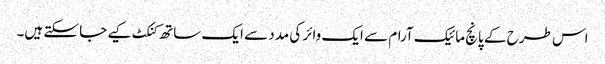
اس طرح کے پانچ مائیک آرام سے ایک وائر کی مدد سے ایک ساتھ کنکٹ کیے جا سکتے ہیں۔